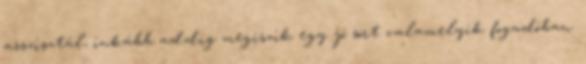
asszisztál, inkább addig megiszik egy jó sört valamelyik fogadóban.